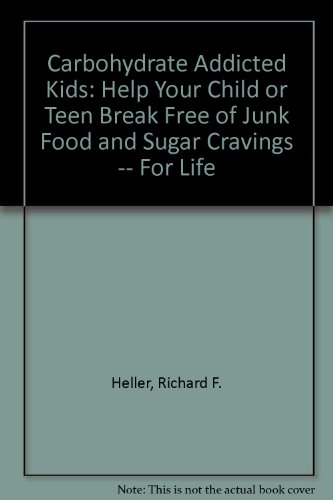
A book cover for Carbohydrate Addicted Kids: Help Your Child or Teen Break Free of Junk Food and Sugar Cravings -- For Life; Richard F. Heller; Health, Fitness & Dieting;